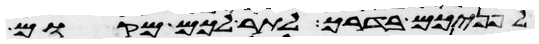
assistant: לפניכם בדרך לתור לכם מקום